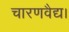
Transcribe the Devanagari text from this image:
चारणवैद्य।